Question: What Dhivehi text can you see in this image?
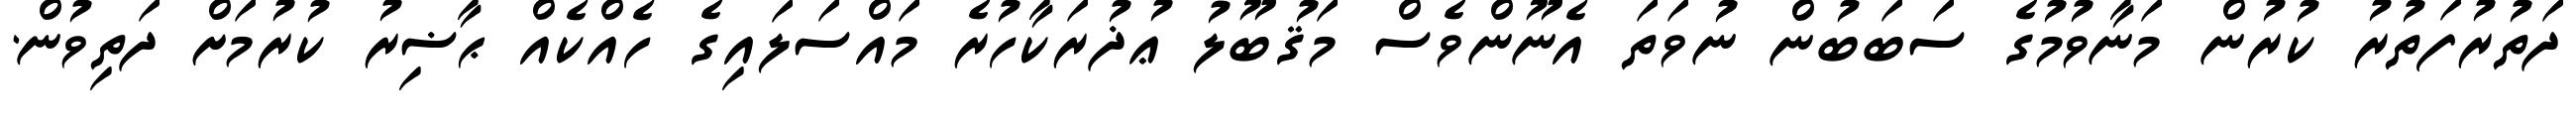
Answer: ދަތުރުފަތުރު ކުރުން މަނާވުމުގެ ސަބަބުން ނުވަތަ އެނޫންވެސް މަޤުބޫލު ޢުޛުރަކާހުރެ މައްސަލައިގެ ހެއްކެއް ޙާޟިރު ކުރުމަށް ދަތިވުން.